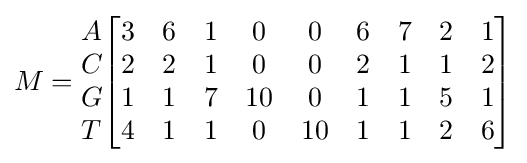
M={\begin{matrix}A\\C\\G\\T\end{matrix}}{\begin{bmatrix}3&6&1&0&0&6&7&2&1\\2&2&1&0&0&2&1&1&2\\1&1&7&10&0&1&1&5&1\\4&1&1&0&10&1&1&2&6\end{bmatrix}}